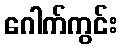
ဂေါက်ကွင်း